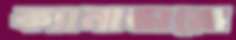
ক্যানাভারো